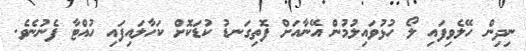
ނިދިން ހޭލެވިފައި ލޯ ހުޅުވައިލުމުން އޭނާއަށް ފޮތިގަނޑު ކުޑަކޮށް ކަހާލައިފައި ހުއްޓާ ފެނުނެވެ.